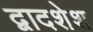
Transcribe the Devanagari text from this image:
द्वादशेश